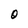
Character: O